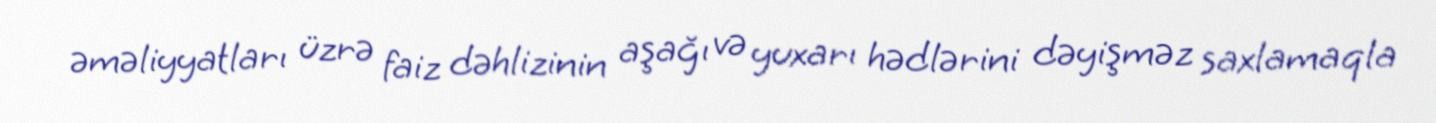
əməliyyatları üzrə faiz dəhlizinin aşağı və yuxarı hədlərini dəyişməz saxlamaqla